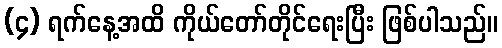
(၄) ရက်နေ့အထိ ကိုယ်တော်တိုင်ရေးပြီး ဖြစ်ပါသည်။